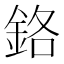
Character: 鉻